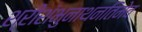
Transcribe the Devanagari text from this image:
श्रीशंभुनाथनतिमेव